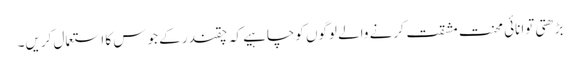
بڑھتی توانائی محنت مشقت کرنے والے لوگوں کوچاہیے کہ چقندر کے جوس کا استعمال کریں۔